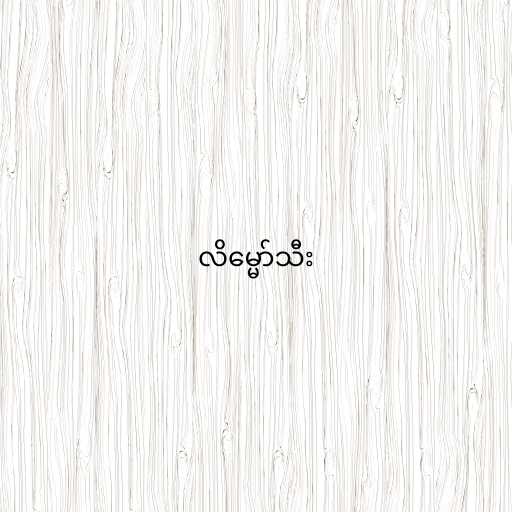
လိမ္မော်သီး